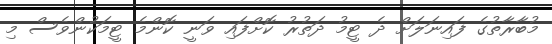
މުބާރާތުގެ ފައިނަލަށް ދެ ޓީމު ދަތުރު ކޮށްފައި ވަނީ ކޮންމެ ޓީމަކުންވެސް މި